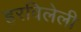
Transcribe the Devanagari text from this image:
हरविलेली